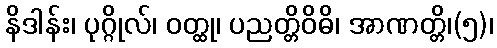
နိဒါန်း၊ ပုဂ္ဂိုလ်၊ ဝတ္ထု၊ ပညတ္တိဝိဓိ၊ အာဏတ္တိ၊(၅)၊